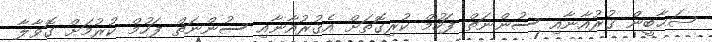
ޞަޙާބީން ޤުރުއާނާއި ސުންނަތް ފަހުމް ކުރިގޮތަށް އެޤުރުއާނާއި ސުންނަތް ފަހުމް ކުރުމަށް ގޮވާލާ